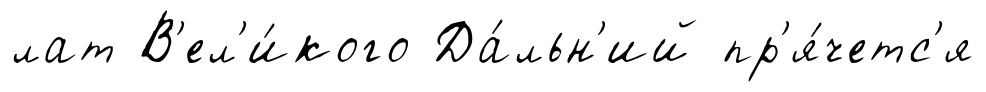
лат В'ел'и́кого Да́льн'ий пр'я́четс'я